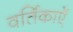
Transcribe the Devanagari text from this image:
वर्तिकाएँ